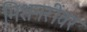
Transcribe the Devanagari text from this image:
मिशनरींवर